Civil Veterinary Dept. North-West Frontier Province 1923-32 - 1923-1932
Year: 1923
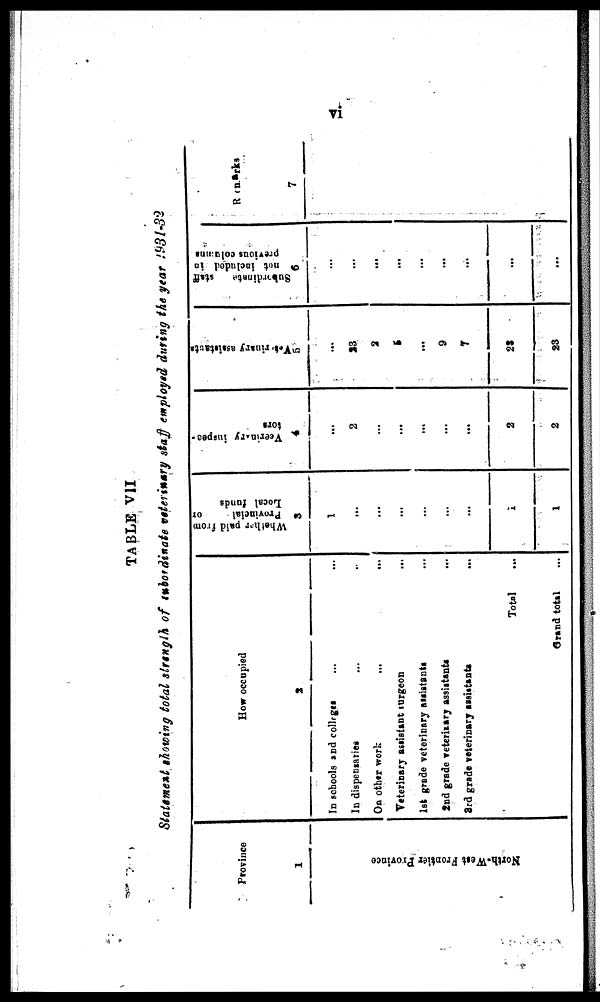
vi
TABLE VII
Statement showing total strength of subordinate verterinary staff employed during the year 1931-32
Province
1
North-West Frontier Pr ovi nce
How occupied
2
In schools and colleges … …
In dispensaries … …
On other work … …
Veterinary assistant surgaon …
1st grade veterinary assistants …
2nd grade veterinary assistants …
3rd grade veterinary assistants …
Total …
Grand total ...
Whether paid form
Provincial
or
Local funds
3
1
…
...
…
…
…
…
1
1
Vcerinary inspec-
tors
4
...
2
...
...
...
...
...
2
2
Veterinary assistants
5
...
23
2
5
...
9
7
23
23
Subordinate
staff
not included in
previous columns
6
...
...
...
...
...
...
...
...
...
Remarks
7